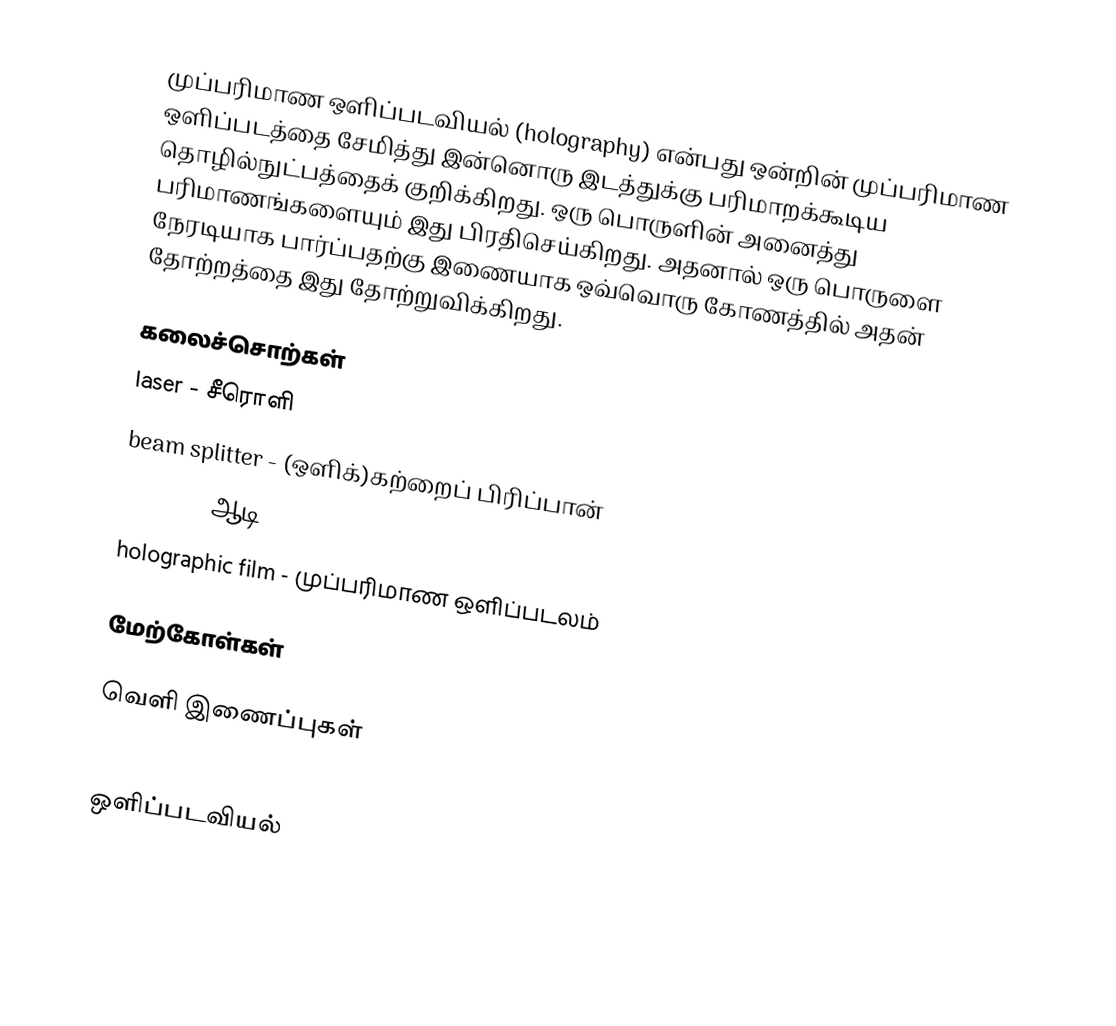
முப்பரிமாண ஒளிப்படவியல் (holography) என்பது ஒன்றின் முப்பரிமாண ஒளிப்படத்தை சேமித்து இன்னொரு இடத்துக்கு பரிமாறக்கூடிய தொழில்நுட்பத்தைக் குறிக்கிறது. ஒரு பொருளின் அனைத்து பரிமாணங்களையும் இது பிரதிசெய்கிறது. அதனால் ஒரு பொருளை நேரடியாக பார்ப்பதற்கு இணையாக ஒவ்வொரு கோணத்தில் அதன் தோற்றத்தை இது தோற்றுவிக்கிறது.

கலைச்சொற்கள்
 laser - சீரொளி
 beam splitter - (ஒளிக்)கற்றைப் பிரிப்பான்
 mirror - ஆடி
 holographic film - முப்பரிமாண ஒளிப்படலம்

மேற்கோள்கள்

வெளி இணைப்புகள்
 http://science.howstuffworks.com/hologram.htm

ஒளிப்படவியல்